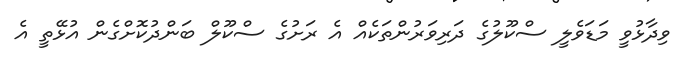
ވިދާޅުވީ މަޑަވެލީ ސްކޫލުގެ ދަރިވަރުންތަކެއް އެ ރަށުގެ ސްކޫލް ބަންދުކޮށްގެން އުޅޭތީ އެ